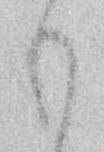
も